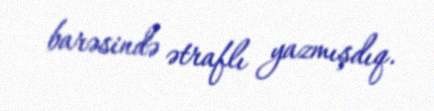
barəsində ətraflı yazmışdıq.